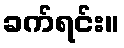
ခက်ရင်း။